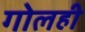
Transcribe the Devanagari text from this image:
गोलही